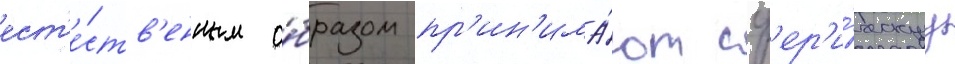
ест'е́ств'енным о́бразом пр'ин'има́ют сф'ер'и́ческуу